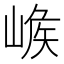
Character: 𡺝